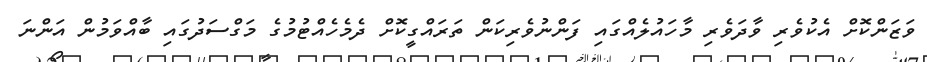
ވަޒަންކޮށް އެކުވެރި ވާދަވެރި މާހައުލެއްގައި ފަންނުވެރިކަން ތަރައްގީކޮށް ދެމެހެއްޓުމުގެ މަގްސަދުގައި ބާއްވަމުން އަންނަ